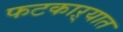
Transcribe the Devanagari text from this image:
फटकाऱ्यात